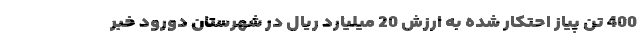
400 تن پیاز احتکار شده به ارزش 20 میلیارد ریال در شهرستان دورود خبر